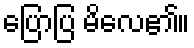
ပြောပြ မိလေ၏။